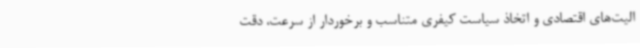
الیت‌های اقتصادی و اتخاذ سیاست کیفری متناسب و برخوردار از سرعت، دقت